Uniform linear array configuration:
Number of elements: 24
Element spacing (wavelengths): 0.5
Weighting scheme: exponential
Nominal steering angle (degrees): -30
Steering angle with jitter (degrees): -31.147
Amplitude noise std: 0.05
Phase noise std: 0.05

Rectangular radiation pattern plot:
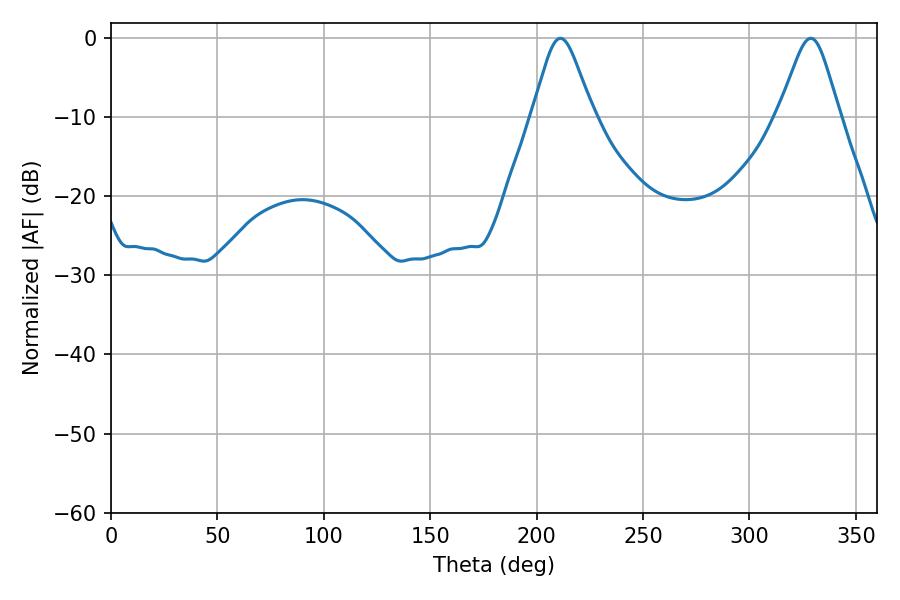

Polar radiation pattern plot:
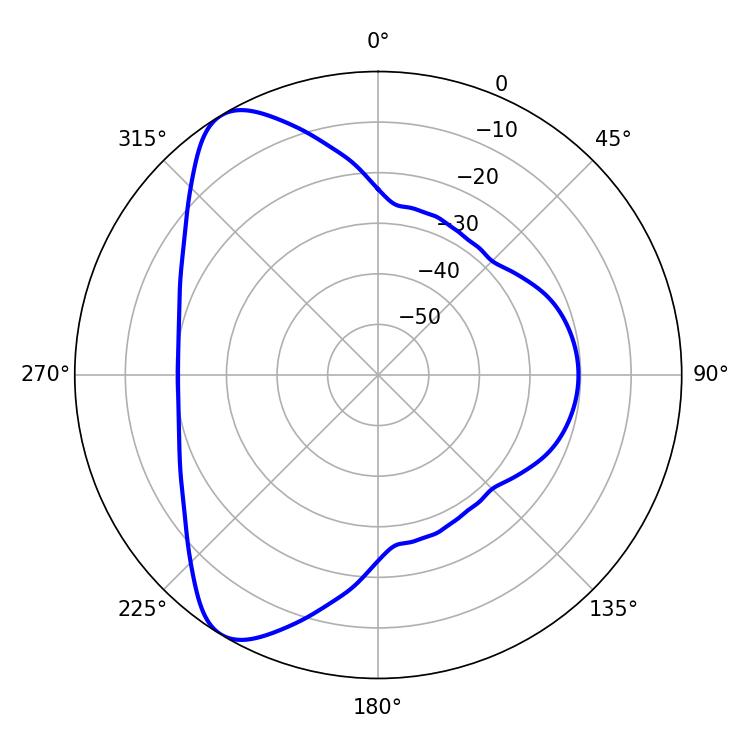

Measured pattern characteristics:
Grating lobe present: FALSE
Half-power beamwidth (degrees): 13.86
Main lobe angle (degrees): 211.14